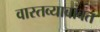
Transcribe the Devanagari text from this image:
वास्तव्याबाबत